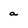
Character: a